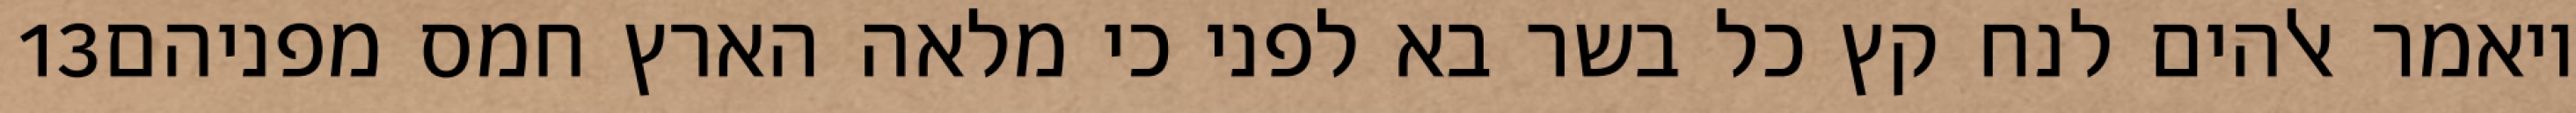
‎13‏ ויאמר אלהים לנח קץ כל בשר בא לפני כי מלאה הארץ חמס מפניהם